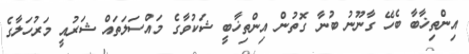
އިންތިޚާބާ ބެހޭ ގާނޫނު ބުނާ ގޮތުން އިންތިޚާބީ ޝަކުވާގެ މައްސަލަތައް ޝަރުއީ މަރުހަލާގެ